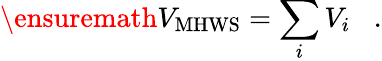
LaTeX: \ensuremath{V_{\mathrm{MHWS}}}=\sum_{i}V_{i}\; \; \; .